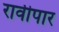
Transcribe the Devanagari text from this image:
रावीपार